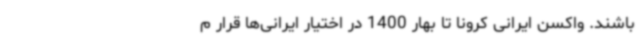
باشند. واکسن ایرانی کرونا تا بهار 1400 در اختیار ایرانی‌ها قرار م